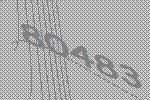
80483